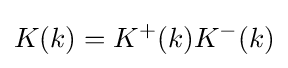
K(k)=K^{+}(k)K^{-}(k)